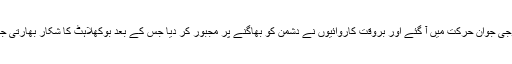
فضائی حدود کی خلاف ورزی کی اطلاع ملتے ہی پاکستان کے بہادر فوجی جوان حرکت میں آ گئے اور بروقت کاروائیوں نے دشمن کو بھاگنے پر مجبور کر دیا جس کے بعد بوکھلاہٹ کا شکار بھارتی جہاز اپنا بارودی مواد اور اسلحہ بھی پاکستان میں چھوڑ کر فرار ہو گئے۔